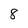
Character: 8